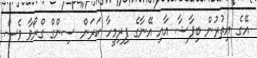
އޭގެ އިތުރުން ބިޕާޝާ އާއި އޭނާގެ ފިރިމީހާ ކަރަން ސިންގް ގްރޯވާ ވެސް